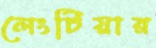
লেংটিয়ার